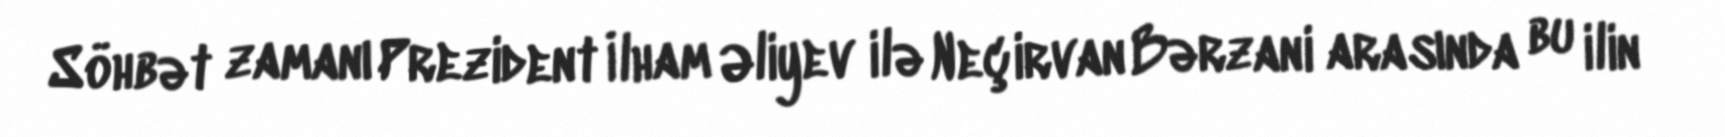
Söhbət zamanı Prezident İlham Əliyev ilə Neçirvan Bərzani arasında bu ilin